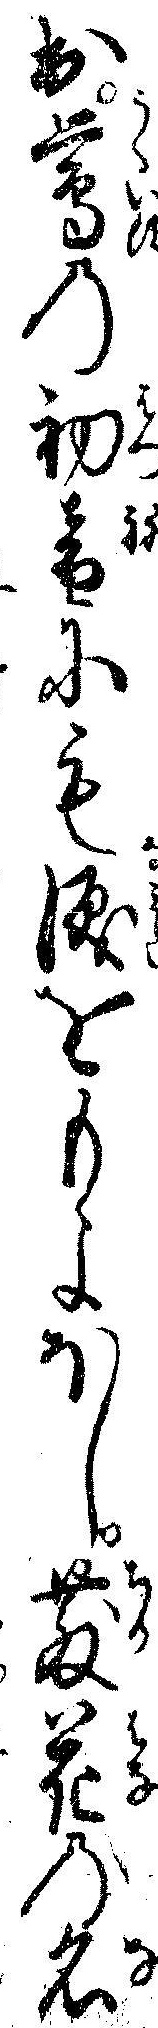
出鴬の初音にも涙をもよほし散花の名